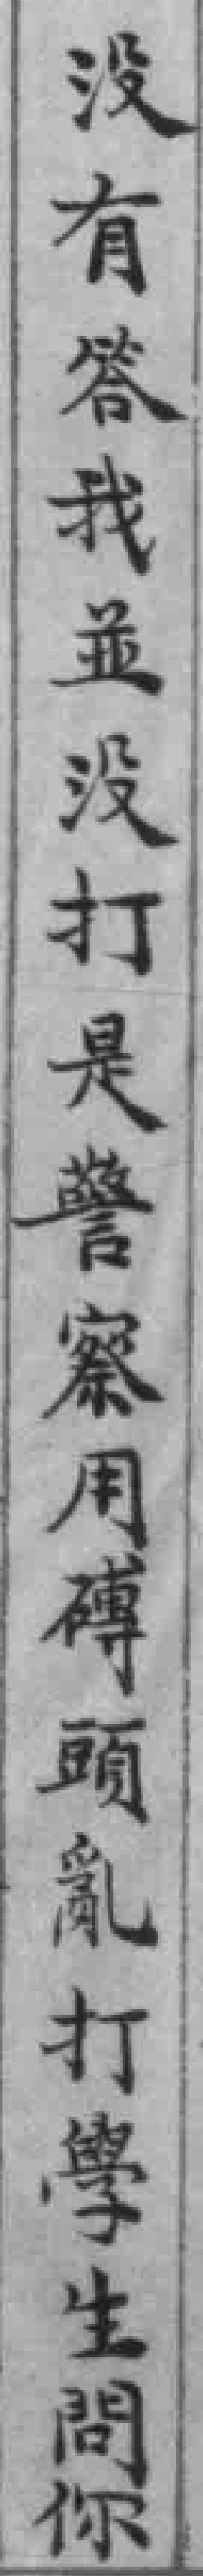
沒有答我並没打是警察用磚頭亂打學生問你